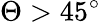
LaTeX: \Theta>45^{\circ}